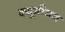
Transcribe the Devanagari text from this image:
क्यूमीयन